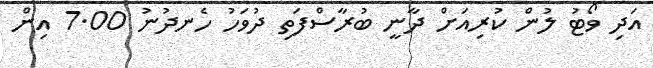
އަދި ވޯޓު ލުން ކުރިއަށް ދާނީ ބުރާސްފަތި ދުވަހު ހެނދުނު 7.00 އިން